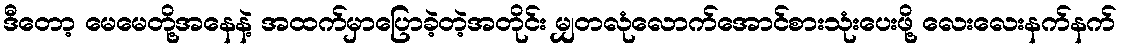
ဒီတော့ မေမေတို့အနေနဲ့ အထက်မှာပြောခဲ့တဲ့အတိုင်း မျှတလုံလောက်အောင်စားသုံးပေးဖို့ လေးလေးနက်နက်